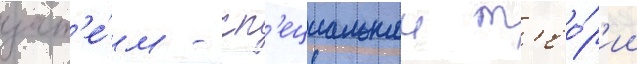
зат'е́м - сп'ециальнои т'ео́р'ии